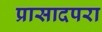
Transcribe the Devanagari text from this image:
प्रासादपरा